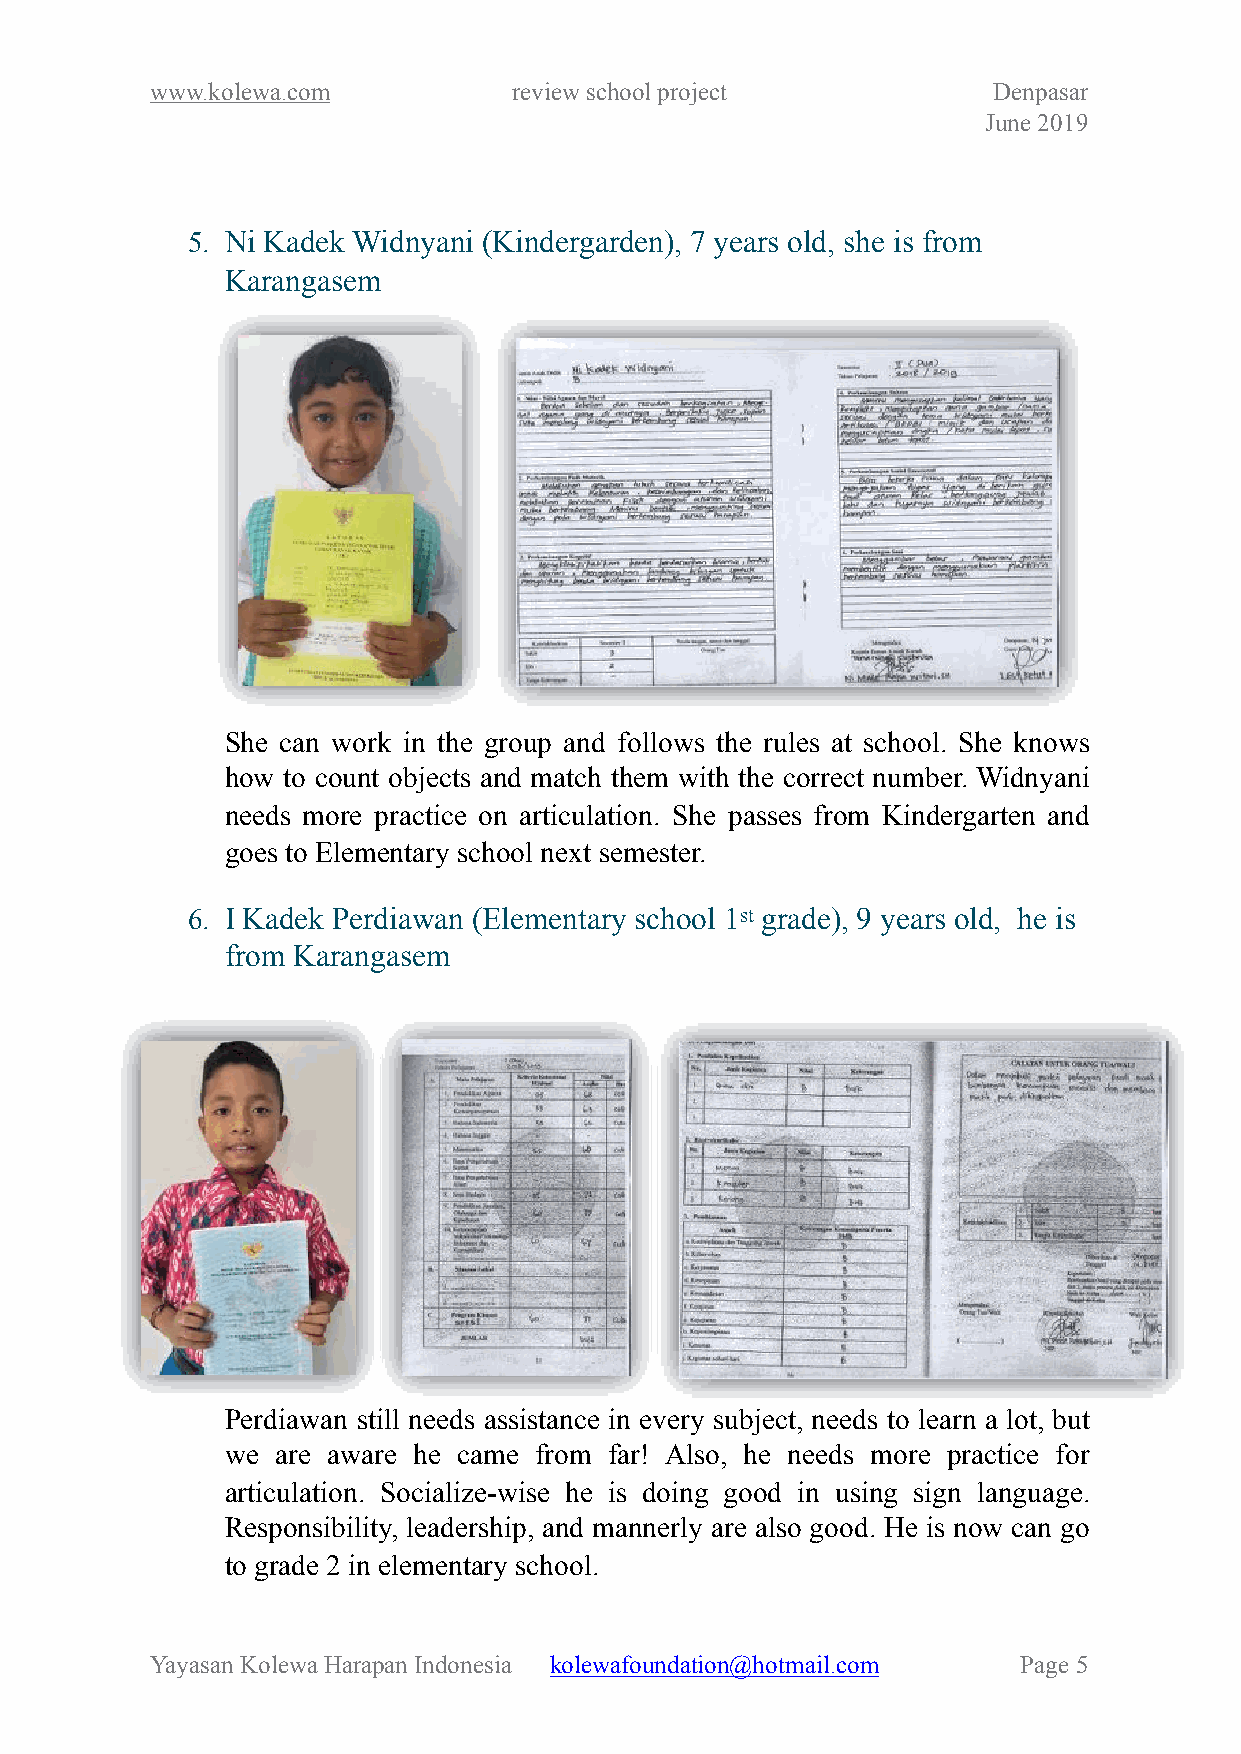
www.kolewa.com          review school project           Denpasar
 June 2019
 5. Ni Kadek Widnyani (Kindergarden), 7 years old, she is from
 Karangasem
 She can work in the group and follows the rules at school. She knows
 how to count objects and match them with the correct number. Widnyani
 needs more practice on articulation. She passes from Kindergarten and
 goes to Elementary school next semester.
 6. I Kadek Perdiawan (Elementary school 1st grade), 9 years old, he is
 from Karangasem
 Perdiawan still needs assistance in every subject, needs to learn a lot, but
 we are aware he came from far! Also, he needs more practice for
 articulation. Socialize-wise he is doing good in using sign language.
 Responsibility, leadership, and mannerly are also good. He is now can go
 to grade 2 in elementary school.
 Yayasan Kolewa Harapan Indonesia kolewafoundation@hotmail.com Page !5